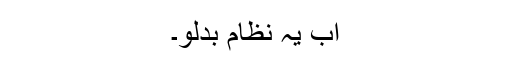
اب یہ نظام بدلو۔